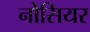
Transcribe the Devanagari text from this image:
नोसियर